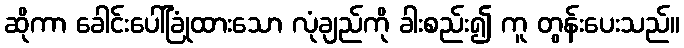
ဆိုကာ ခေါင်းပေါ်ခြုံထားသော လုံချည်ကို ခါးစည်း၍ ကူ တွန်းပေးသည်။